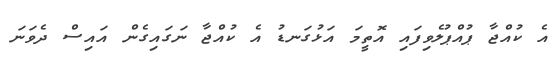
އެ ކުއްޖާ ޕުއްޕުލެވިފައި އޮތީމަ އަޅުގަނޑު އެ ކުއްޖާ ނަގައިގެން އައިސް ދެވަނަ